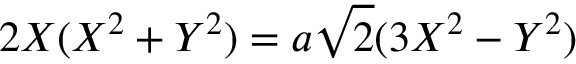
2 X ( X ^ { 2 } + Y ^ { 2 } ) = a { \sqrt { 2 } } ( 3 X ^ { 2 } - Y ^ { 2 } )